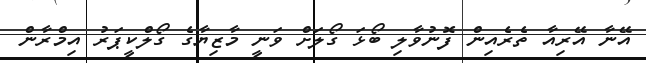
އޭނާ އޭރިއާ ތެރެއިން ފޮނުވާލި ބޯޅަ ގޯލަށް ވަނީ މާޒިޔާގެ ގޯލްކީޕަރު އިމްރާން